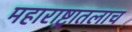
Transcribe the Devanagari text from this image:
महाराष्ट्रातलाच